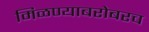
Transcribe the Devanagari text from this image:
मिळण्याबरोबरच